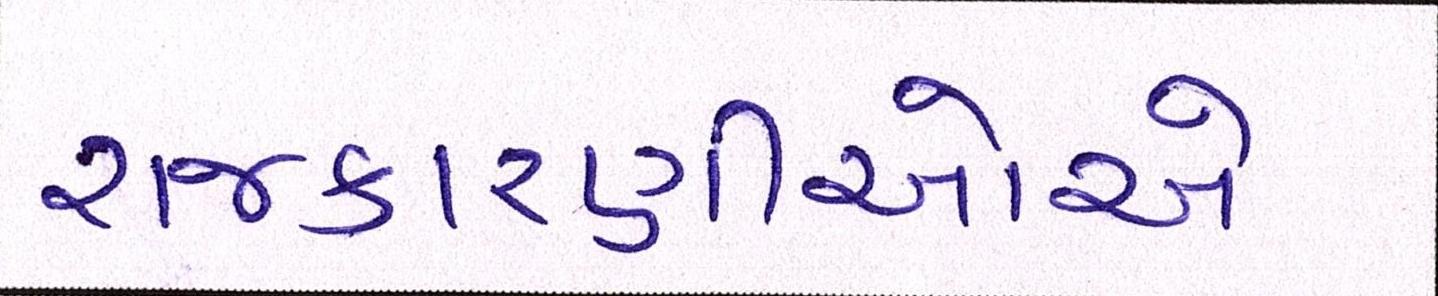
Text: રાજકારણીઓએ